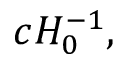
c H _ { 0 } ^ { - 1 } ,